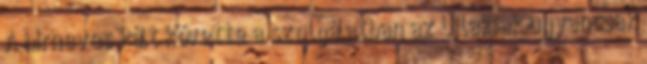
A hírneves Pált követte a szolgálatban az Újlakiak ugyancsak